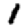
Digit: 1